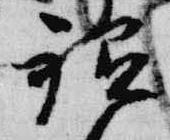
祗